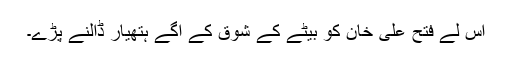
اس لے فتح علی خان کو بیٹے کے شوق کے آگے ہتھیار ڈالنے پڑے۔